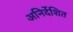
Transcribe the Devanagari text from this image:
अनिर्देशित